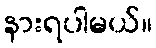
နားရပါမယ်။